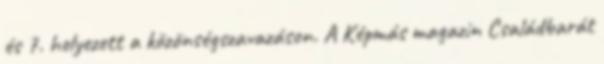
és 7. helyezett a közönségszavazáson. A Képmás magazin Családbarát